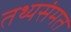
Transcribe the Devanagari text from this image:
तथ्यसंमत